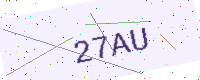
Text: 27AU